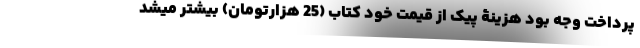
پرداخت وجه بود هزینۀ پیک از قیمت خود کتاب (25 هزارتومان) بیشتر میشد